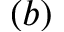
( b )